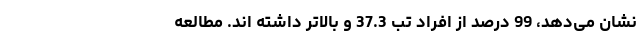
نشان می‌دهد، 99 درصد از افراد تب 37.3 و بالاتر داشته اند. مطالعه